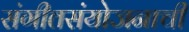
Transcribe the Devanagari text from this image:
संगीतसंयोजनाची